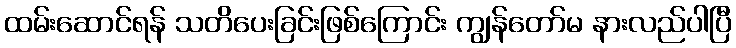
ထမ်းဆောင်ရန် သတိပေးခြင်းဖြစ်ကြောင်း ကျွန်တော်မ နားလည်ပါပြီ